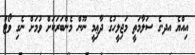
އިއްޔެ އދ.ގެ ސަލާމަތީ މަޖިލީހުގެ ދާޢިމީ ނޫން މެންބަރަކަށް ވުމަށް ނެގި ވޯޓު